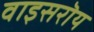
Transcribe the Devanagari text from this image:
वाइसरॊय